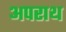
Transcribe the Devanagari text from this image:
अपराथ